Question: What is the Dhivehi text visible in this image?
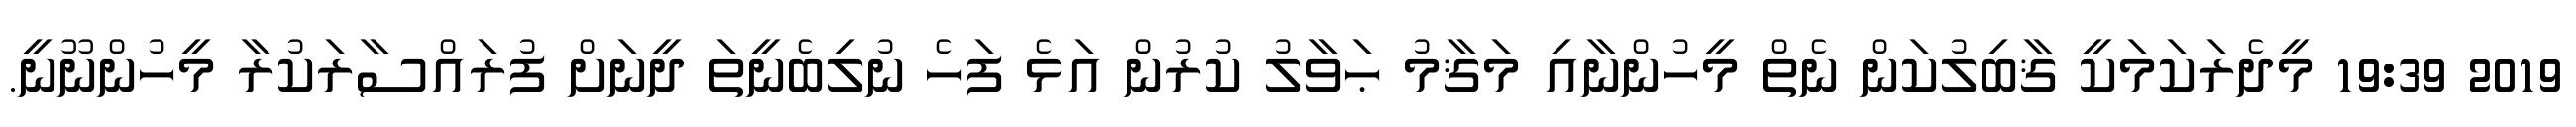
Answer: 2019 19:39 މީދެރަކަމަކީ ޤާބިލުކަން ނެތް މީހުންނާއި މަޤާމު ޙަވާލު ކުރުން އަޅެ ފަހެ ނުލިބެނީތަ ދީނަށް ފުރައްސާރަކުރާ މީހުންނޫނީ.